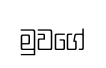
මුවගේ